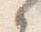
之